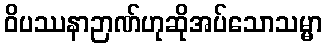
ဝိပဿနာဉာဏ်ဟုဆိုအပ်သောသမ္မာ